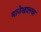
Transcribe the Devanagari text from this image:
मानेखालचा